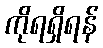
ကိုရရှိရန်